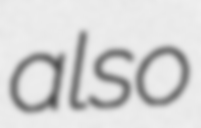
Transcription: also